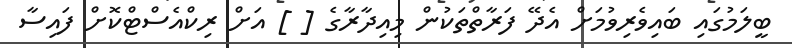
ބީލަމުގައި ބައިވެރިވުމަށް އެދޭ ފަރާތްތަކުން މިއިދާރާގެ [ ] އަށް ރިކްއެސްޓްކޮށް ފައިސާ